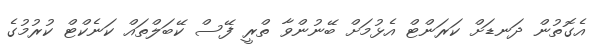
އެގޮތުން ދަނޑަށް ކަރަންޓް އެޅުމަށް ބޭނުންވާ ތްރީ ފޭސް ކޭބަލްތައް ކަނެކްޓް ކުރުމުގެ